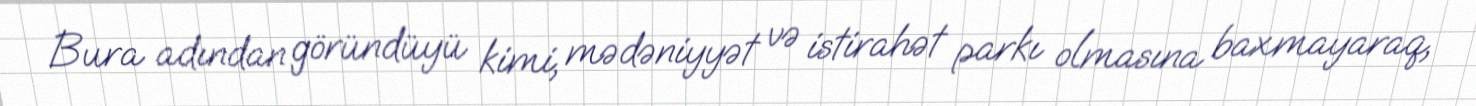
Bura adından göründüyü kimi, mədəniyyət və istirahət parkı olmasına baxmayaraq,